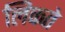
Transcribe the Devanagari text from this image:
लिकते